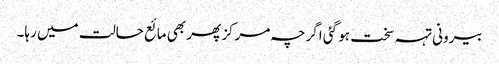
بیرونی تہہ سخت ہو گئی اگرچہ مرکز پھر بھی مائع حالت میں رہا۔